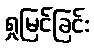
ရှုမြင်ခြင်း